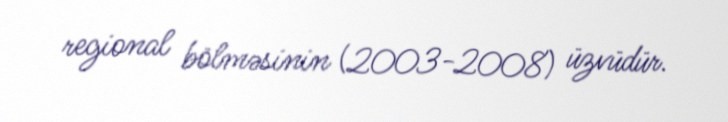
regional bölməsinin (2003-2008) üzvüdür.